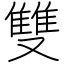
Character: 雙